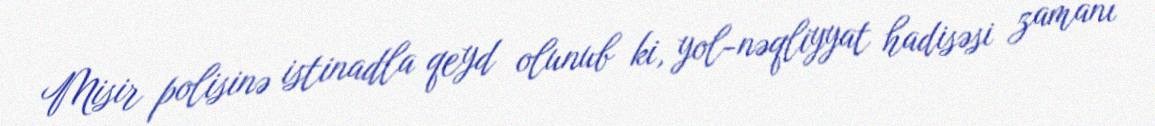
Misir polisinə istinadla qeyd olunub ki, yol-nəqliyyat hadisəsi zamanı